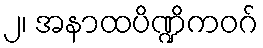
၂၊ အနာထပိဏ္ဍိကဝဂ်